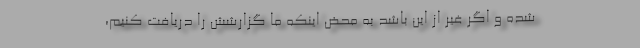
شده و اگر غیر از این باشد به محض اینکه ما گزارشش را دریافت کنیم،